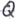
Text: Q